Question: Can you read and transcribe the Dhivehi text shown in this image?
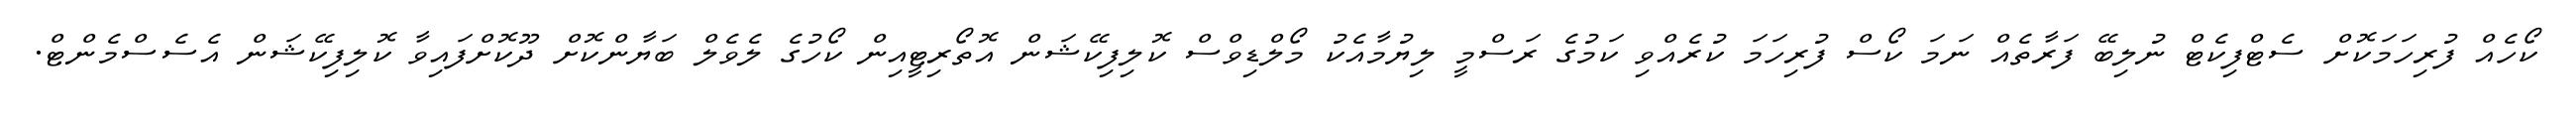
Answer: ކޯހެއް ފުރިހަމަކޮށް ސެޓްފިކެޓް ނުލިބޭ ފަރާތެއް ނަމަ ކޯސް ފުރިހަމަ ކުރެއްވި ކަމުގެ ރަސްމީ ލިޔުމާއެކު މޯލްޑިވްސް ކޮލިފިކޭޝަން އޮތޯރިޓީއިން ކޯހުގެ ލެވެލް ބަޔާންކޮށް ދޫކޮށްފައިވާ ކޮލިފިކޭޝަން އެސެސްމެންޓް.